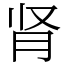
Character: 肾